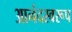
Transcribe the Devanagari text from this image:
आनंदस्वरूप